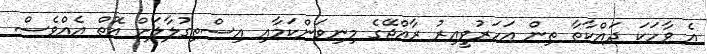
އެ ވާހަކަ ދައްކާތާ ތިން އަހަރުވީއިރު ރާއްޖޭގެ މިނިވަންކަމާއި އިސްތިގުލާލަށް އޮތް އެއްވެސް